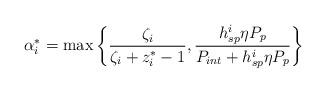
LaTeX: \begin{align*}\alpha_i^*=\max\left\{\frac{\zeta_i}{\zeta_i+z_i^*-1},\frac{h_{sp}^i\eta P_p}{P_{int}+h_{sp}^i\eta P_p}\right\}\end{align*}